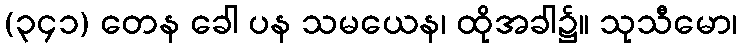
(၃၄၁) တေန ခေါ ပန သမယေန၊ ထိုအခါ၌။ သုသီမော၊